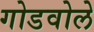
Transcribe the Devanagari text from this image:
गोडवोले